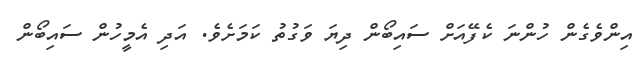
އިންވެގެން ހުންނަ ކެފޭއަށް ސައިބޯން ދިޔަ ވަގުތު ކަމަށެވެ. އަދި އެމީހުން ސައިބޯން